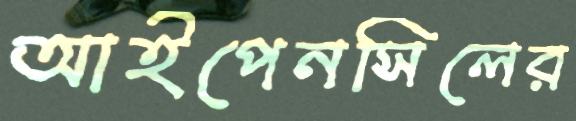
আইপেনসিলের